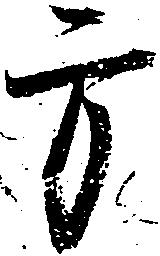
方